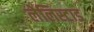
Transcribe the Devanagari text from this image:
लेलिस्टाड